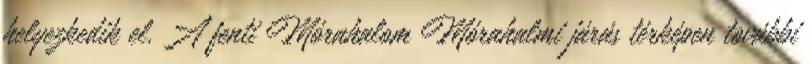
helyezkedik el. A fenti Mórahalom Mórahalmi járás térképen további